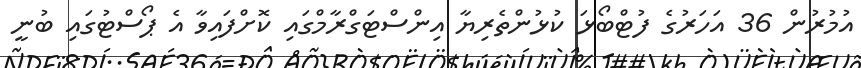
އުމުރުން 36 އަހަރުގެ ފުޓްބޯޅަ ކުޅުންތެރިޔާ އިންސްޓަގްރާމްގައި ކޮށްފައިވާ އެ ޕޯސްޓުގައި ބުނީ